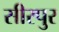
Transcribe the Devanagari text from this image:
सीरपुर